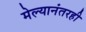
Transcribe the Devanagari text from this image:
मेल्यानंतरही